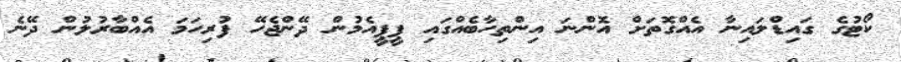
ކޯޓުގެ ގައިޑްލައިނާ އެއްގޮތަށް އޮންނަ އިންތިހާބެއްގައި ޕީޕީއެމުން ދޭންޖެހޭ ފުރިހަމަ އެއްބާރުލުން ދޭނެ